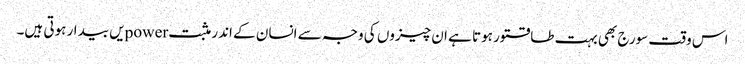
اس وقت سورج بھی بہت طاقتور ہوتا ہے ان چیزوں کی وجہ سے انسان کے اندر مثبت powerیں بیدار ہوتی ہیں۔